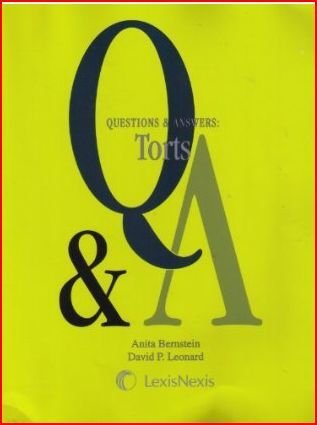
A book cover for Questions & Answers: Torts; Anita Bernstein; Law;